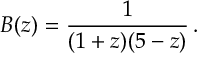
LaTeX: B ( z ) = { \frac { 1 } { ( 1 + z ) ( 5 - z ) } } \, .